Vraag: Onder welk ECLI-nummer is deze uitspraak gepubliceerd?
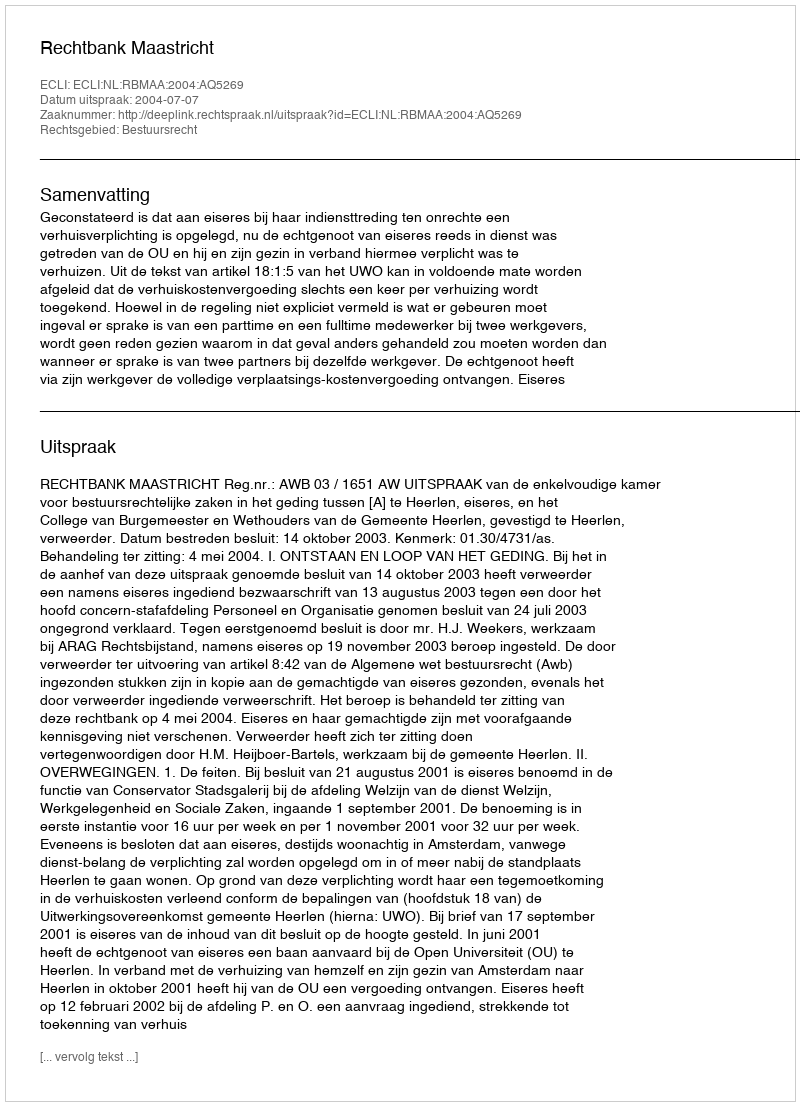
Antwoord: ECLI:NL:RBMAA:2004:AQ5269